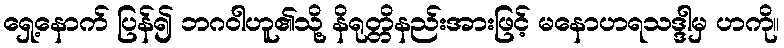
ရှေ့နောက် ပြန်၍ ဘဂဝါဟူ၏သို့ နိရုတ္တိနည်းအားဖြင့် မနောဟရသဒ္ဒါမှ ဟကို။